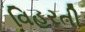
વિહરતી